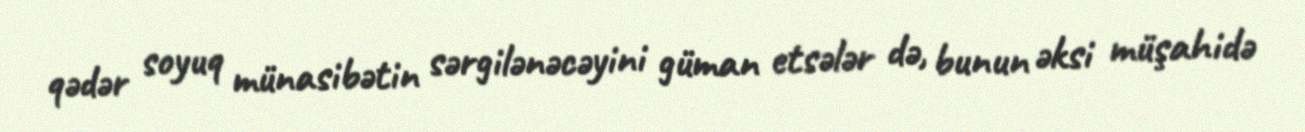
qədər soyuq münasibətin sərgilənəcəyini güman etsələr də, bunun əksi müşahidə